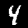
Digit: 4